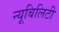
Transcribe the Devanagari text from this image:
न्यूबिलिटी